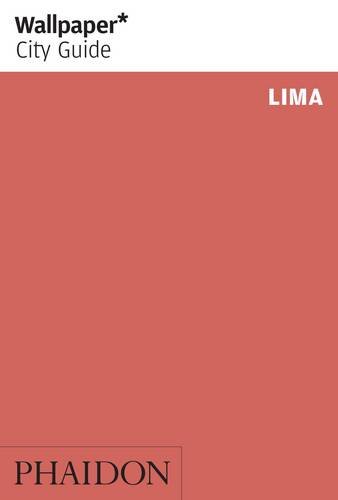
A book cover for Wallpaper* City Guide Lima (Wallpaper City Guides); Wallpaper*; Travel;